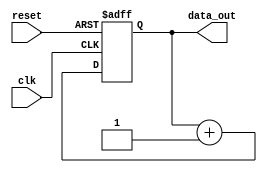
module repeat_loop (
    input wire clk,           // Clock signal
    input wire reset,         // Reset signal
    output reg [7:0] data_out // Example output data
);

    // Initialization
    initial begin
        data_out = 8'b0; // Initialize output data
    end

    // Always block to represent the Repeat Loop
    always @(posedge clk or posedge reset) begin
        if (reset) begin
            data_out <= 8'b0; // Reset output data
        end else begin
            // Infinite loop behavior
            // This block will execute continuously on each clock edge
            // Example operation: Increment data_out
            data_out <= data_out + 1; // Example operation
            // Additional operations can be added here
        end
    end

endmodule